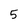
Character: 5